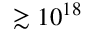
\gtrsim 1 0 ^ { 1 8 }